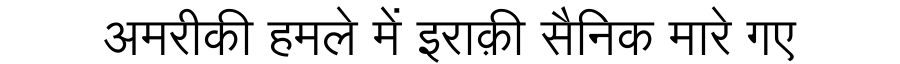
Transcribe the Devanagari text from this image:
अमरीकी हमले में इराक़ी सैनिक मारे गए